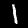
Label: 1